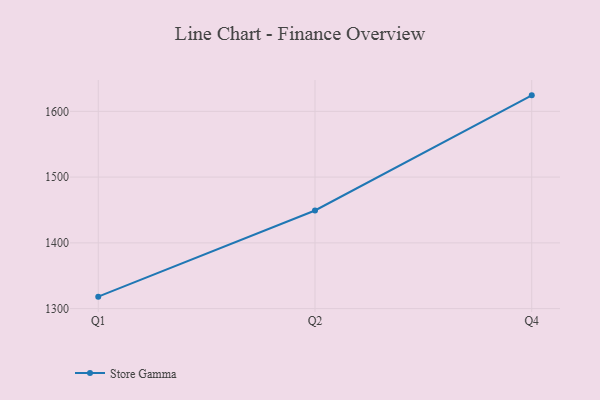
{"axis": {"x": "Quarter", "y": "Temperature (°C)"}, "legend": ["Store Gamma"], "data": [{"x": "Q1", "y": 1318.2, "type": "Store Gamma"}, {"x": "Q2", "y": 1449.2, "type": "Store Gamma"}, {"x": "Q4", "y": 1624.3, "type": "Store Gamma"}]}